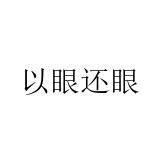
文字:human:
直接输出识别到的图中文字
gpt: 以眼还眼